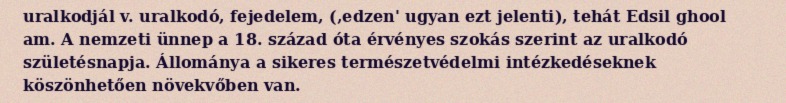
uralkodjál v. uralkodó, fejedelem, (‚edzen' ugyan ezt jelenti), tehát Edsil ghool am. A nemzeti ünnep a 18. század óta érvényes szokás szerint az uralkodó születésnapja. Állománya a sikeres természetvédelmi intézkedéseknek köszönhetően növekvőben van.